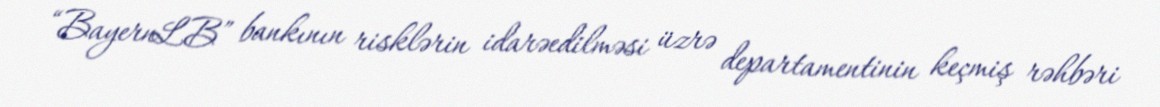
“BayernLB” bankının risklərin idarəedilməsi üzrə departamentinin keçmiş rəhbəri